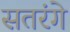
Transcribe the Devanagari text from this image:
सतरंगे